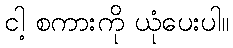
ငါ့ စကားကို ယုံပေးပါ။